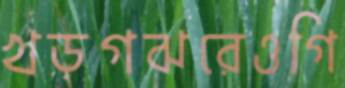
খড়গঝরেওগি